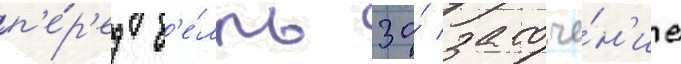
п'е́р'ед б'е́лль за́ заточе́н'ие